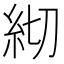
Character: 𥾛